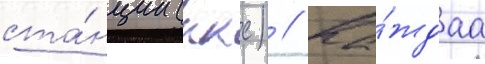
ста́нции (ккс) // Ка́ждаа